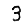
Digit: 3